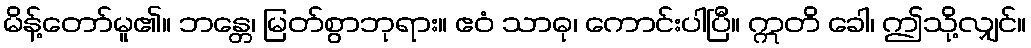
မိန့်တော်မူ၏။ ဘန္တေ၊ မြတ်စွာဘုရား။ ဧဝံ သာဓု၊ ကောင်းပါပြီ။ ဣတိ ခေါ၊ ဤသို့လျှင်။